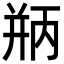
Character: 𪪃